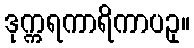
ဒုက္ကရကာရိကာပဥှ။